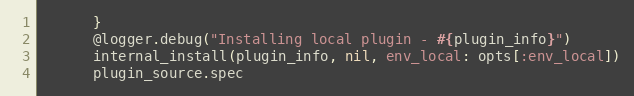
Language: Ruby
      }
      @logger.debug("Installing local plugin - #{plugin_info}")
      internal_install(plugin_info, nil, env_local: opts[:env_local])
      plugin_source.spec